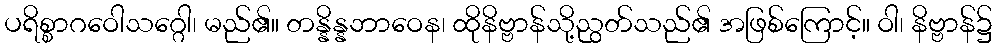
ပရိစ္စာဂဝေါသဂ္ဂေါ၊ မည်၏။ တန္နိန္နဘာဝေန၊ ထိုနိဗ္ဗာန်သို့ညွတ်သည်၏ အဖြစ်ကြောင့်။ ဝါ၊ နိဗ္ဗာန်၌